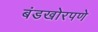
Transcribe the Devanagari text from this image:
बंडखोरपणे